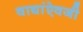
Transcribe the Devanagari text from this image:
वाद्यांऐवजी